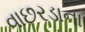
વાછરડાના